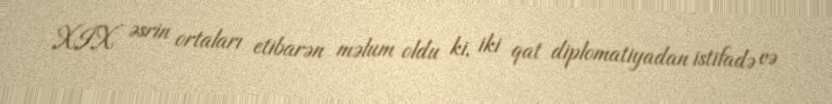
XIX əsrin ortaları etibarən məlum oldu ki, iki qat diplomatiyadan istifadə və